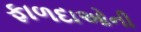
ફાળદાઓની